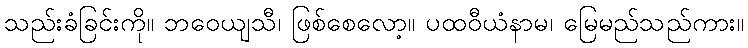
သည်းခံခြင်းကို။ ဘဝေယျသီ၊ ဖြစ်စေလော့။ ပထဝီယံနာမ၊ မြေမည်သည်ကား။